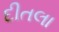
દીતલા